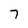
Character: 7